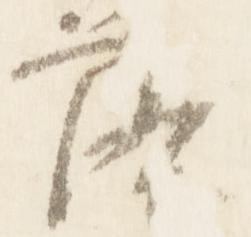
落